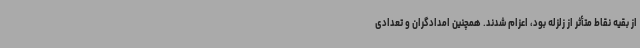
از بقیه نقاط متأثر از زلزله بود، اعزام شدند. همچنین امدادگران و تعدادی